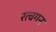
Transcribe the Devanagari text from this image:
रत्चगन